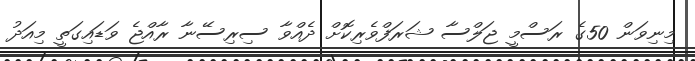
މިނިވަން 50ގެ ރަސްމީ ޖަލްސާ ޝަރަފްވެރިކޮށް ދެއްވާ ސިރިސޭނާ ރާއްޖެ ވަޑައިގަތީ މިއަދު